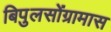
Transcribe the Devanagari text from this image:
बिपुलसोंग्रामास